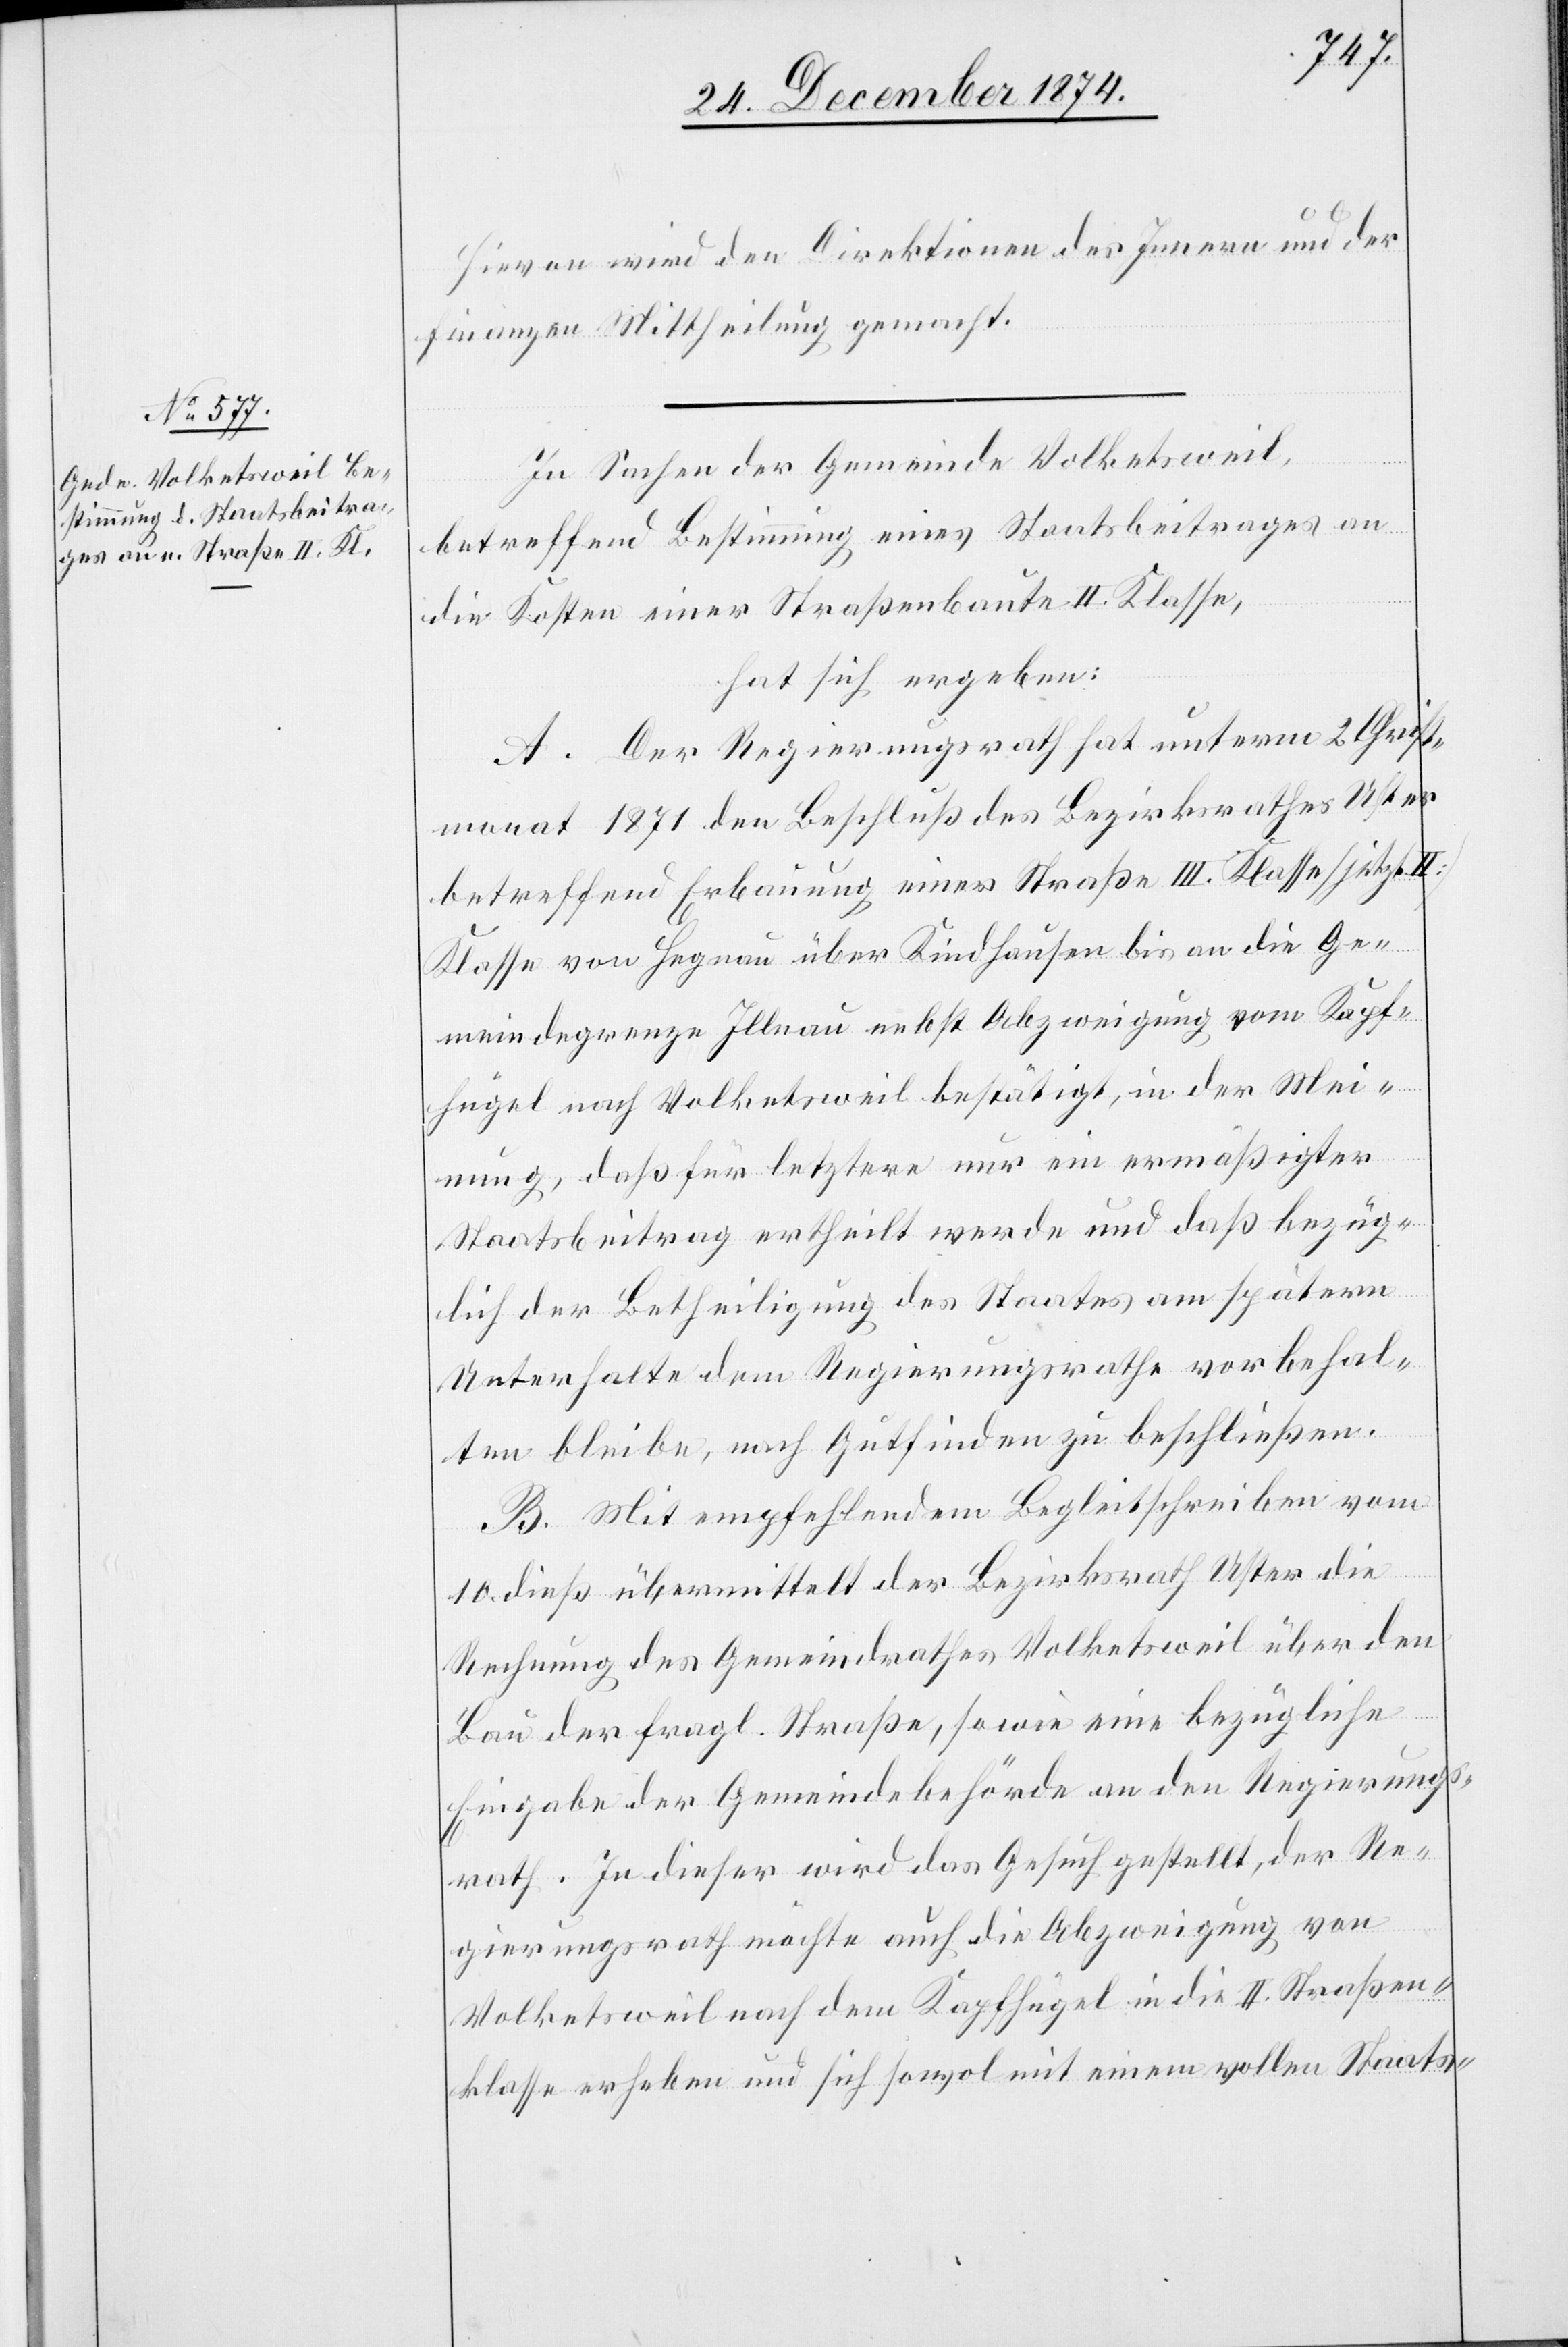
Hievon wird den Direktionen des Innern und der
Finanzen Mittheilung gemacht.
In Sachen der Gemeinde Volketsweil,
betreffend Bestimmung eines Staatsbeitrages an
die Kosten einer Straßenbaute II. Klasse,
hat sich ergeben:
A. Der Regierungsrath hat unterm 2. Christ¬
monat 1871 den Beschluß des Bezirksrathes Uster
betreffend Erbauung einer Straße III. Klasse [jetzt II.]
Klasse von Hegnau über Kindhausen bis an die Ge¬
meindegrenze Illnau nebst Abzweigung vom Kapf¬
hügel nach Volketsweil bestätigt, in der Mei¬
nung, daß für letztere nur ein ermäßigter
Staatsbeitrag ertheilt werde und daß bezüg¬
lich der Betheiligung des Staates am spätern
Unterhalte dem Regierungsrathe vorbehal¬
ten bleibe, nach Gutfinden zu beschließen.
B. Mit empfehlendem Begleitschreiben vom
10. dieß übermittelt der Bezirksrath Uster die
Rechnung des Gemeindrathes Volketsweil über den
Bau der fragl. Straße, so wie eine bezügliche
Eingabe der Gemeindebehörde an den Regierungs¬
rath. In dieser wird das Gesuch gestellt, der Re¬
gierungsrath möchte auch die Abzweigung von
Volketsweil nach dem Kapfhügel in die II. Straßen¬
klasse erheben und sich sowol mit einem vollen Staats-